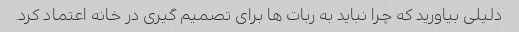
دلیلی بیاورید که چرا نباید به ربات ها برای تصمیم گیری در خانه اعتماد کرد.